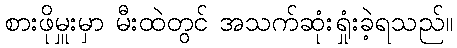
စားဖိုမှူးမှာ မီးထဲတွင် အသက်ဆုံးရှုံးခဲ့ရသည်။